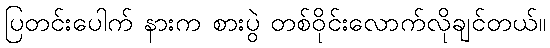
ပြတင်းပေါက် နားက စားပွဲ တစ်ဝိုင်းလောက်လိုချင်တယ်။